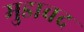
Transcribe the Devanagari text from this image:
मुडावद